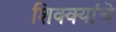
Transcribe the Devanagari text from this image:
शिक्क्यांचे